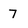
Character: 7